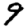
Digit: 9